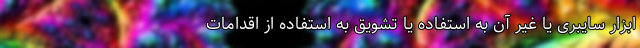
ابزار سایبری یا غیر آن به استفاده یا تشویق به استفاده از اقدامات